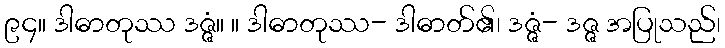
၉၄။ ဒါဓာတုဿ ဒဇ္ဇံ။ ။ ဒါဓာတုဿ- ဒါဓာတ်၏၊ ဒဇ္ဇံ- ဒဇ္ဇ အပြုသည်၊